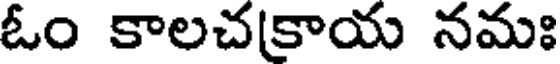
ఓం కాలచకాయ నమః